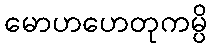
မောဟဟေတုကမ္ပိ